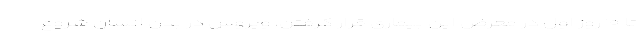
تا ۱۰ روز اول در معرض این بیماری قرار گرفتن، ویروس در بدن انسان شروع